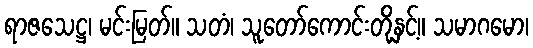
ရာဇသေဋ္ဌ၊ မင်းမြတ်။ သတံ၊ သူတော်ကောင်းတို့နှင့်။ သမာဂမော၊